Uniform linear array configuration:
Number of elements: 12
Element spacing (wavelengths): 1
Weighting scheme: cosine
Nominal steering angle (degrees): -60
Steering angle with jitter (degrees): -58.479
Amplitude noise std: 0.05
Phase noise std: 0.05

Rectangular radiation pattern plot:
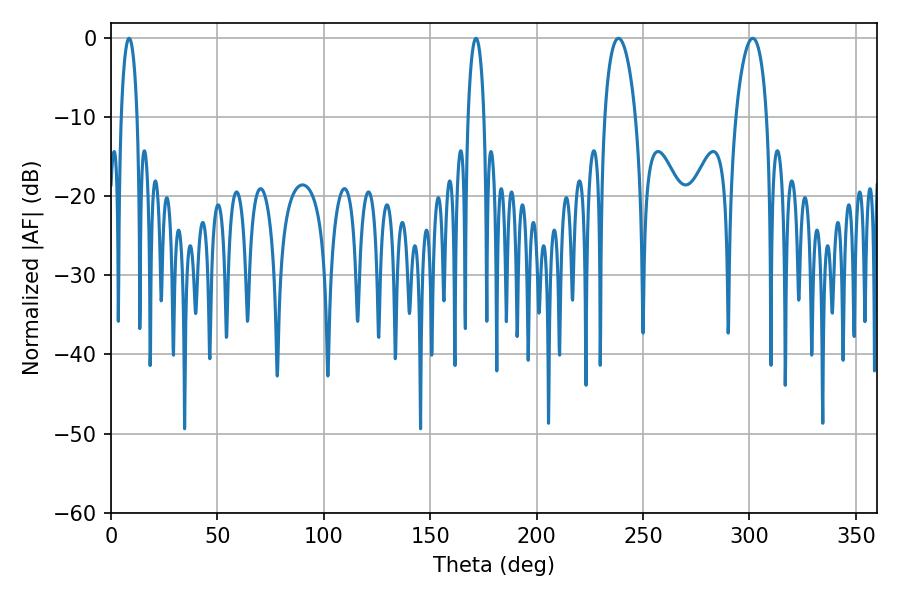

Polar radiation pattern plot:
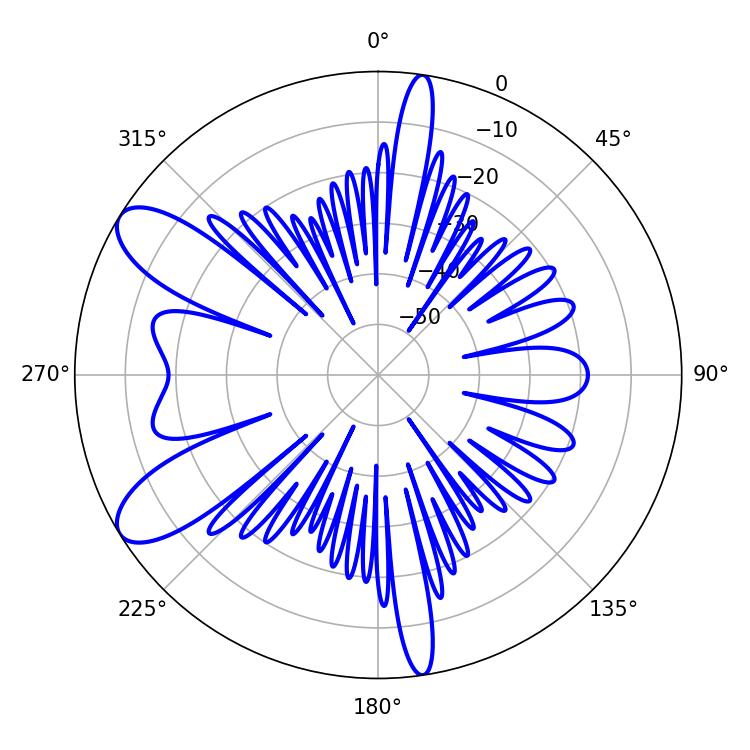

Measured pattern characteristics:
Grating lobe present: TRUE
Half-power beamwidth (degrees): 8.28
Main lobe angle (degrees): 238.5